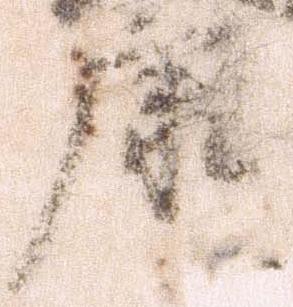
康